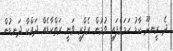
ދެ ރީނދޫ ކާޑު ހަމަވެފައި ވުމުން ރެފްރީ ވަނީ ރަތްކާޑެއް ދައްކާ ދަނޑުން